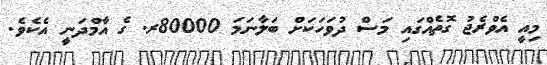
މިއީ އެވްރެޖު ގޮތެއްގައި މަސް ދުވަހަކަށް ބަލާނަމަ 80000ރ. ގެ އާމްދަނީ އެކެވެ.